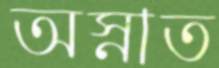
অস্নাত